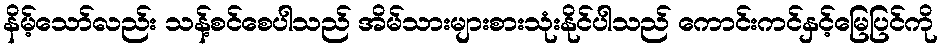
နိမ့်သော်လည်း သန့်စင်စေပါသည် အိမ်သားများစားသုံးနိုင်ပါသည် ကောင်းကင်နှင့်မြေပြင်ကို